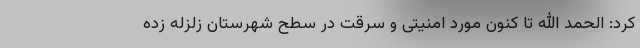
کرد: الحمد الله تا کنون مورد امنیتی و سرقت در سطح شهرستان زلزله زده